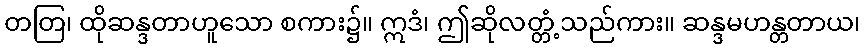
တတြ၊ ထိုဆန္ဒတာဟူသော စကား၌။ ဣဒံ၊ ဤဆိုလတ္တံ့သည်ကား။ ဆန္ဒမဟန္တတာယ၊